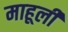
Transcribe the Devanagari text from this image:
माहूली